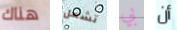
هناك تشعل بي أن